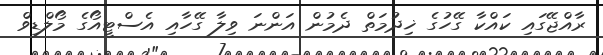
ރާއްޖޭގައި ކައްކާ ގޭހުގެ ޚިދުމަތް ދެމުން އަންނަ ވިލާ ގޭހާއި އެސްޓީއޯގެ މޯލްޑިވް